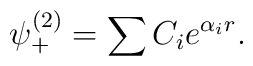
\psi _{+}^{(2)}=\sum C_ie^{\alpha _ir}.